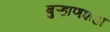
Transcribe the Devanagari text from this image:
बुऱ्हाणशहा